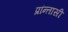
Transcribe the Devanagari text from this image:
प्रांन्तासी